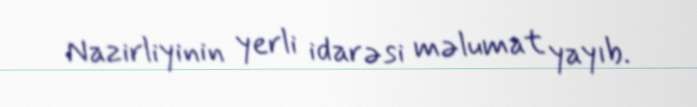
Nazirliyinin yerli idarəsi məlumat yayıb.